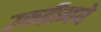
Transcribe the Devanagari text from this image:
उकडीमधे